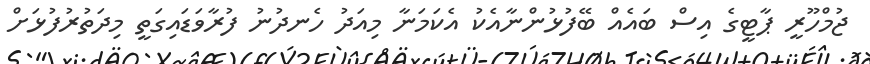
ޖުމްހޫރީ ޕާޓީގެ އިސް ބައެއް ބޭފުޅުންނާއެކު އެކަމަނާ މިއަދު ހެނދުނު ފުރާވަޑައިގަތީ މިދަތުރުފުޅަށް